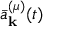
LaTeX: { \bar { a } } _ { \mathbf { k } } ^ { ( \mu ) } ( t )